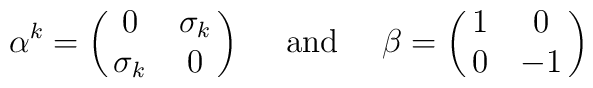
\alpha^k = \left(\matrix { 0 & \sigma_k \cr \sigma_k & 0 } \right)\hbox{~~~~and~~~~}\beta = \left(\matrix { 1 & 0 \cr 0 & -1 } \right)